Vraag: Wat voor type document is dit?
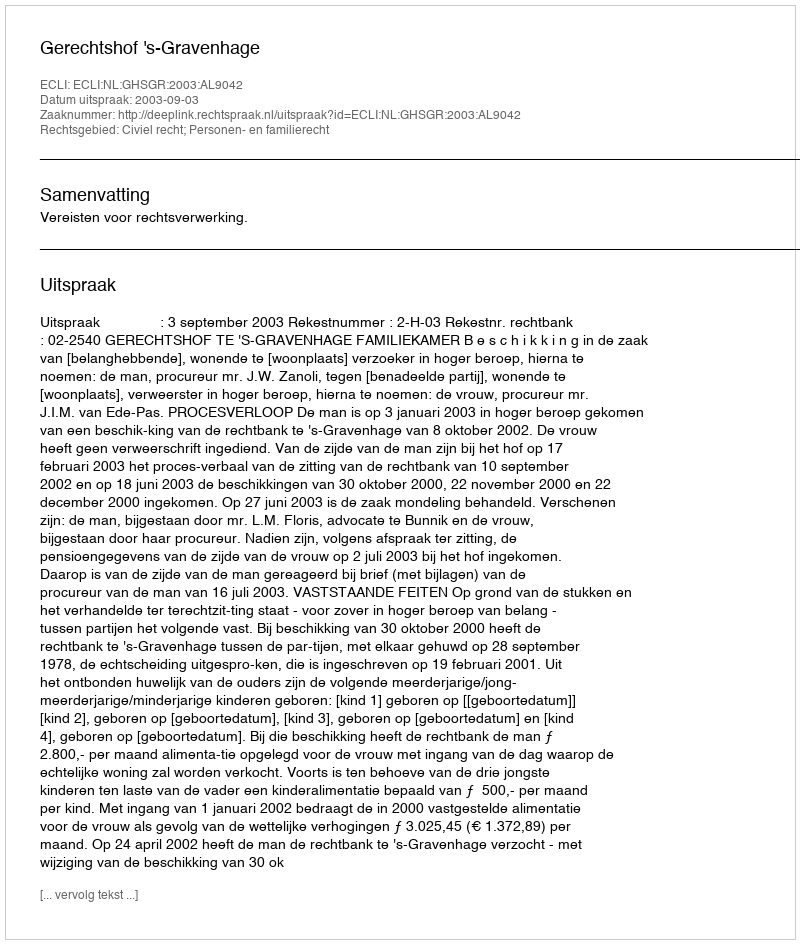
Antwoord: Uitspraak